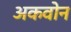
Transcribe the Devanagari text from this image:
अकवोन